Indian journal of veterinary science and animal husbandry - Volume 7,
Year: 1937
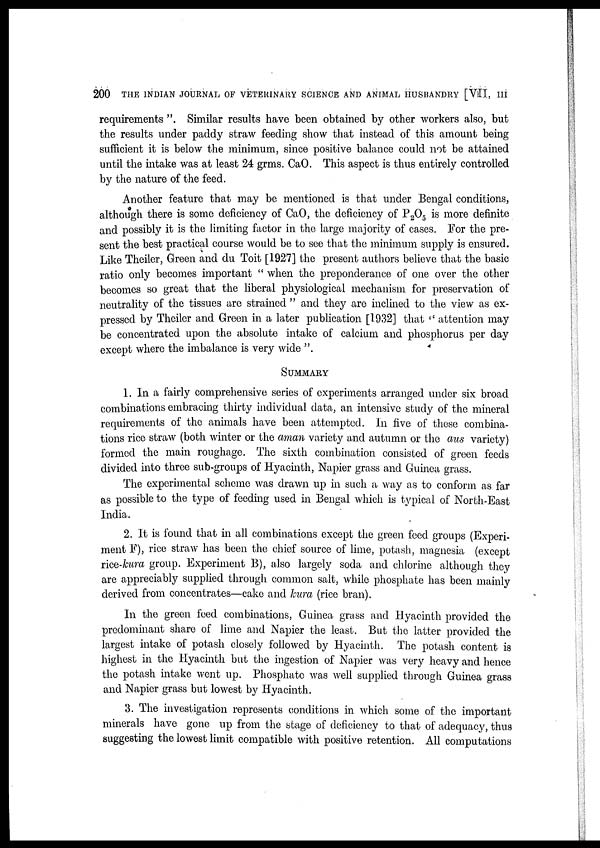
200 THE INDIAN JOURNAL OF VETERINARY SCIENCE AND ANIMAL HUSBANDRY [VII, III
requirements ". Similar results have been obtained by other workers also, but
the results under paddy straw feeding show that instead of this amount being
sufficient it is below the minimum, since positive balance could not be attained
until the intake was at least 24 grms. CaO. This aspect is thus entirely controlled
by the nature of the feed.
Another feature that may be mentioned is that under Bengal conditions,
although there is some deficiency of CaO, the deficiency of P2O5 is more definite
and possibly it is the limiting factor in the large majority of cases. For the pre-
sent the best practical course would be to see that the minimum supply is ensured.
Like Theiler, Green and du Toit [1927] the present authors believe that the basic
ratio only becomes important " when the preponderance of one over the other
becomes so great that the liberal physiological mechanism for preservation of
neutrality of the tissues are strained " and they are inclined to the view as ex-
pressed by Theiler and Green in a later publication [1932] that '' attention may
be concentrated upon the absolute intake of calcium and phosphorus per day
except where the imbalance is very wide ".
SUMMARY
1. In a fairly comprehensive series of experiments arranged under six broad
combinations embracing thirty individual data, an intensive study of the mineral
requirements of the animals have been attempted. In five of these combina-
tions rice straw (both winter or the aman variety and autumn or the aus variety)
formed the main roughage. The sixth combination consisted of green feeds
divided into three sub-groups of Hyacinth, Napier grass and Guinea grass.
The experimental scheme was drawn up in such a way as to conform as far
as possible to the type of feeding used in Bengal which is typical of North-East
India.
2. It is found that in all combinations except the green feed groups (Experi-
ment F), rice straw has been the chief source of lime, potash, magnesia (except
rice-kura group. Experiment B), also largely soda and chlorine although they
are appreciably supplied through common salt, while phosphate has been mainly
derived from concentrates—cake and kura (rice bran).
In the green feed combinations, Guinea grass and Hyacinth provided the
predominant share of lime and Napier the least. But the latter provided the
largest intake of potash closely followed by Hyacinth. The potash content is
highest in the Hyacinth but the ingestion of Napier was very heavy and hence
the potash intake went up. Phosphate was well supplied through Guinea grass
and Napier grass but lowest by Hyacinth.
3. The investigation represents conditions in which some of the important
minerals have gone up from the stage of deficiency to that of adequacy, thus
suggesting the lowest limit compatible with positive retention. All computations